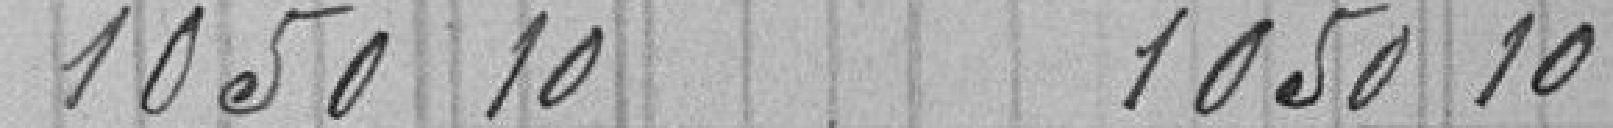
1050 10           1050 10